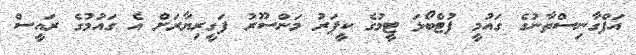
އަފްގާނިސްތާނުގެ ގައުމީ ފުޓްބޯޅަ ޓީމުގެ ކީޕަރު މަންސޫރު ފަގީރިޔާރަށް އެ ގައުމުގެ ރައީސް